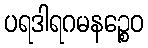
ပရဒါရဂမနဉ္စေဝ